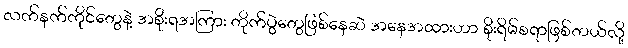
လက်နက်ကိုင်တွေနဲ့ အစိုးရအကြား တိုက်ပွဲတွေဖြစ်နေဆဲ အနေအထားဟာ စိုးရိမ်စရာဖြစ်တယ်လို့